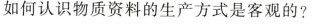
如何认识物质资料的生产方式是客观的？